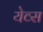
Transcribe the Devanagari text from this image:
येव्स